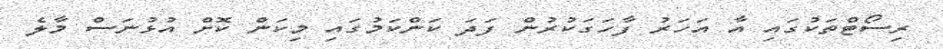
ރިސޯޓްތަކުގައި އާ އަަހަރު ފާހަގަކުރުން ފަދަ ކަންކަމުގައި މިކަން ކޮށް އުޅުނަސް މާލެ